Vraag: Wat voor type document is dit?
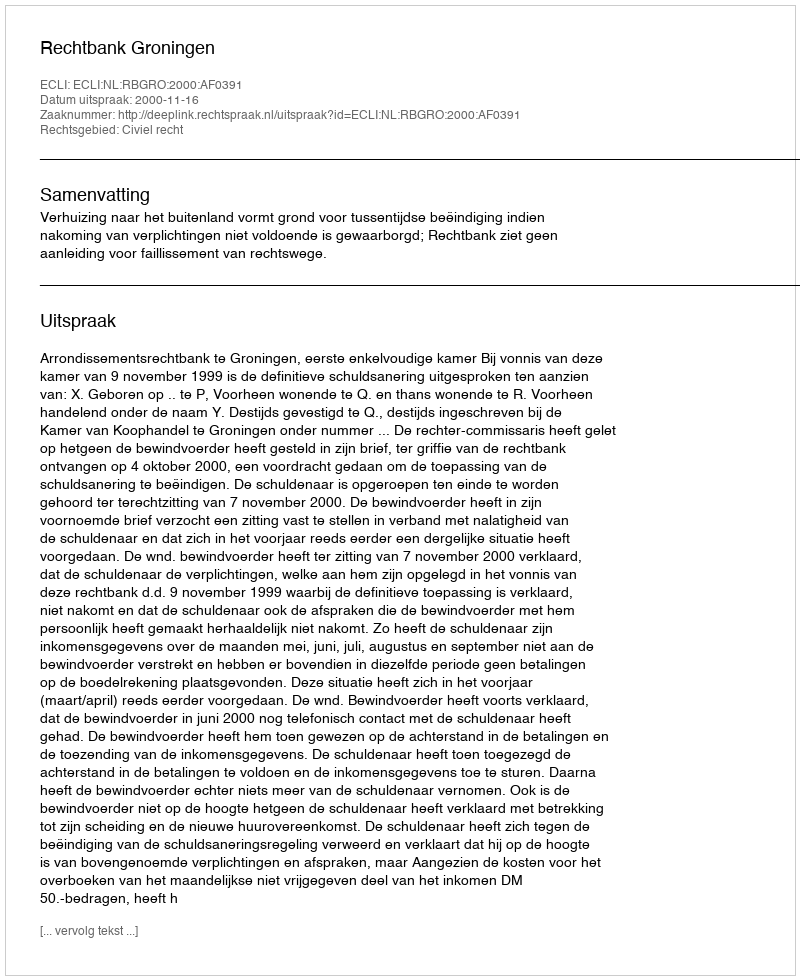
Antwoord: Uitspraak